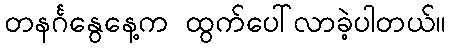
တနင်္ဂနွေနေ့က ထွက်ပေါ်လာခဲ့ပါတယ်။